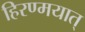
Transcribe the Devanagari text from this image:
हिरण्मयात्